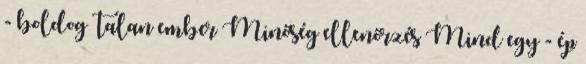
- boldog talan ember Minőség ellenőrzés Mind egy - ép